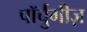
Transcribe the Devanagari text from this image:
पॉर्चुगीज़